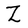
Character: Z